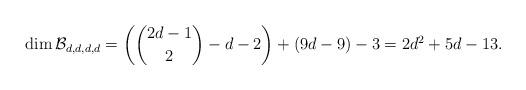
LaTeX: \begin{align*} \dim {\mathcal B}_{d,d,d,d}= \left ( \binom{2d-1}{2}-d-2 \right )+(9d-9)-3= 2d^2+5d-13. \end{align*}